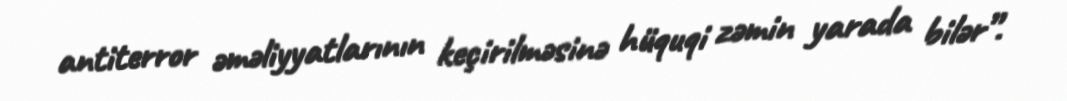
antiterror əməliyyatlarının keçirilməsinə hüquqi zəmin yarada bilər”.